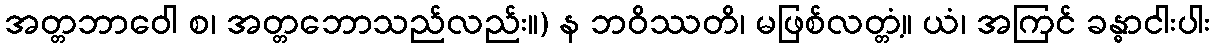
အတ္တဘာဝေါ စ၊ အတ္တဘောသည်လည်း။) န ဘဝိဿတိ၊ မဖြစ်လတ္တံ့။ ယံ၊ အကြင် ခန္ဓာငါးပါး